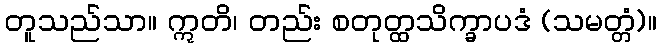
တူသည်သာ။ ဣတိ၊ တည်း စတုတ္ထသိက္ခာပဒံ (သမတ္တံ)။